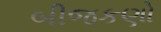
બીજકણો